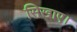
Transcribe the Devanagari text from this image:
सिखाए।